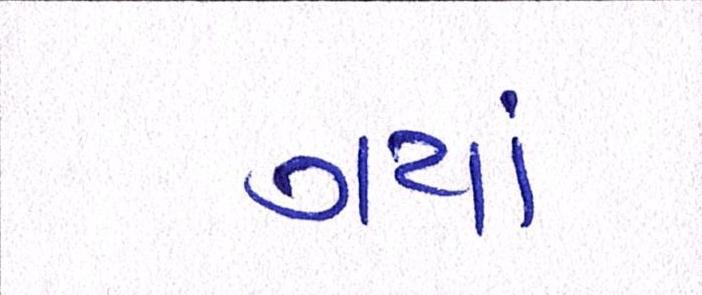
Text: ગયાં